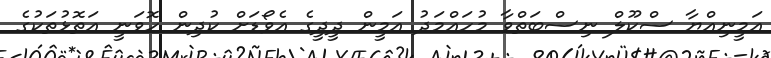
އަމީނިއްޔާ ސްކޫލް ނިސްބަތްވާ މުހައްމަދު އަމީން ދީދީގެ އެވޯޑަށް ކުދިން ހޮވަނީ އަތޮޅުތަކުގެ